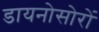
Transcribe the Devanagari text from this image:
डायनोसोरों